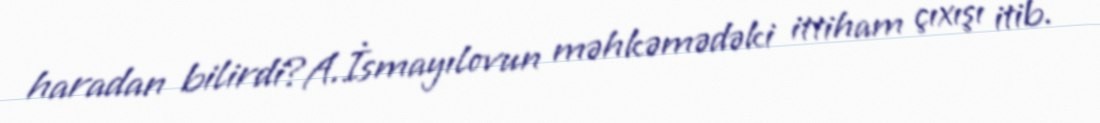
haradan bilirdi?A.İsmayılovun məhkəmədəki ittiham çıxışı itib.